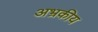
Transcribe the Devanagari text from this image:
अभ्रकीय